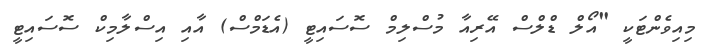
މިއިވެންޓަކީ "އޯލް ޑްލްސް އޭރިއާ މުސްލިމް ސޮސައިޓީ (އެޑަމްސް) އާއި އިސްލާމިކް ސޮސައިޓީ